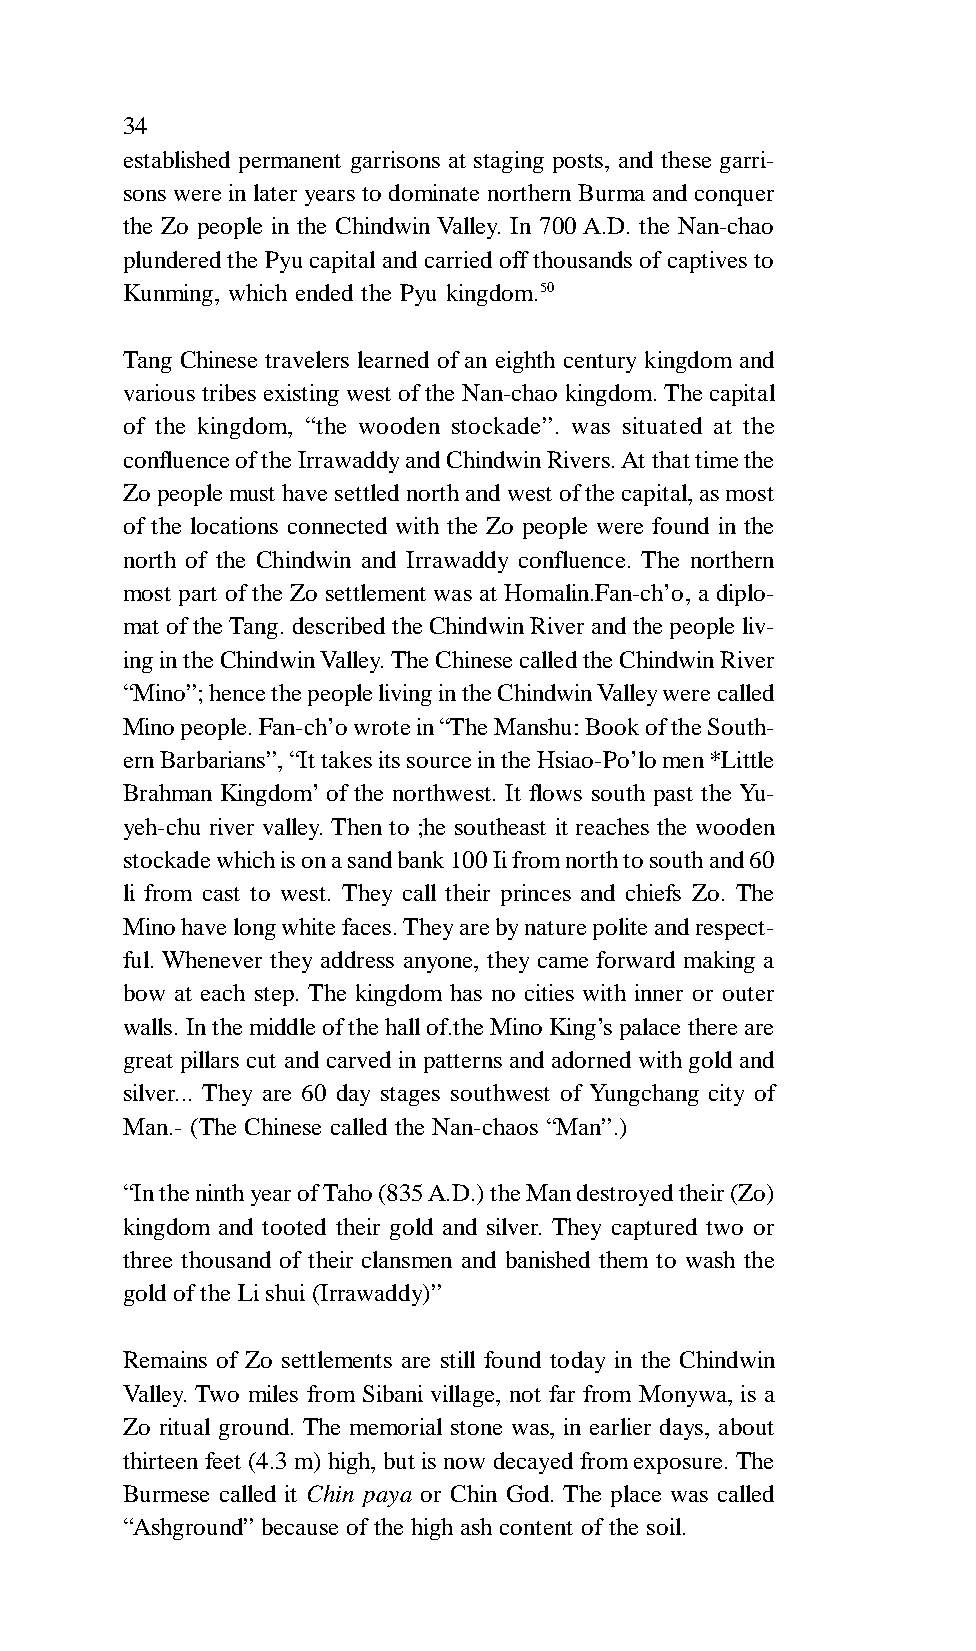
34
 established permanent garrisons at staging posts, and these garri-
 sons were in later years to dominate northern Burma and conquer
 the Zo people in the Chindwin Valley. In 700 A.D. the Nan-chao
 plundered the Pyu capital and carried off thousands of captives to
 Kunming, which ended the Pyu kingdom.50
 Tang Chinese travelers learned of an eighth century kingdom and
 various tribes existing west of the Nan-chao kingdom. The capital
 of the kingdom, “the wooden stockade”. was situated at the
 confluence of the Irrawaddy and Chindwin Rivers. At that time the
 Zo people must have settled north and west of the capital, as most
 of the locations connected with the Zo people were found in the
 north of the Chindwin and Irrawaddy confluence. The northern
 most part of the Zo settlement was at Homalin.Fan-ch’o, a diplo-
 mat of the Tang. described the Chindwin River and the people liv-
 ing in the Chindwin Valley. The Chinese called the Chindwin River
 “Mino”; hence the people living in the Chindwin Valley were called
 Mino people. Fan-ch’o wrote in “The Manshu: Book of the South-
 ern Barbarians”, “It takes its source in the Hsiao-Po’lo men *Little
 Brahman Kingdom’ of the northwest. It flows south past the Yu-
 yeh-chu river valley. Then to ;he southeast it reaches the wooden
 stockade which is on a sand bank 100 Ii from north to south and 60
 li from cast to west. They call their princes and chiefs Zo. The
 Mino have long white faces. They are by nature polite and respect-
 ful. Whenever they address anyone, they came forward making a
 bow at each step. The kingdom has no cities with inner or outer
 walls. In the middle of the hall of.the Mino King’s palace there are
 great pillars cut and carved in patterns and adorned with gold and
 silver... They are 60 day stages southwest of Yungchang city of
 Man.- (The Chinese called the Nan-chaos “Man”.)
 “In the ninth year of Taho (835 A.D.) the Man destroyed their (Zo)
 kingdom and tooted their gold and silver. They captured two or
 three thousand of their clansmen and banished them to wash the
 gold of the Li shui (Irrawaddy)”
 Remains of Zo settlements are still found today in the Chindwin
 Valley. Two miles from Sibani village, not far from Monywa, is a
 Zo ritual ground. The memorial stone was, in earlier days, about
 thirteen feet (4.3 m) high, but is now decayed from exposure. The
 Burmese called it Chin paya or Chin God. The place was called
 “Ashground” because of the high ash content of the soil.